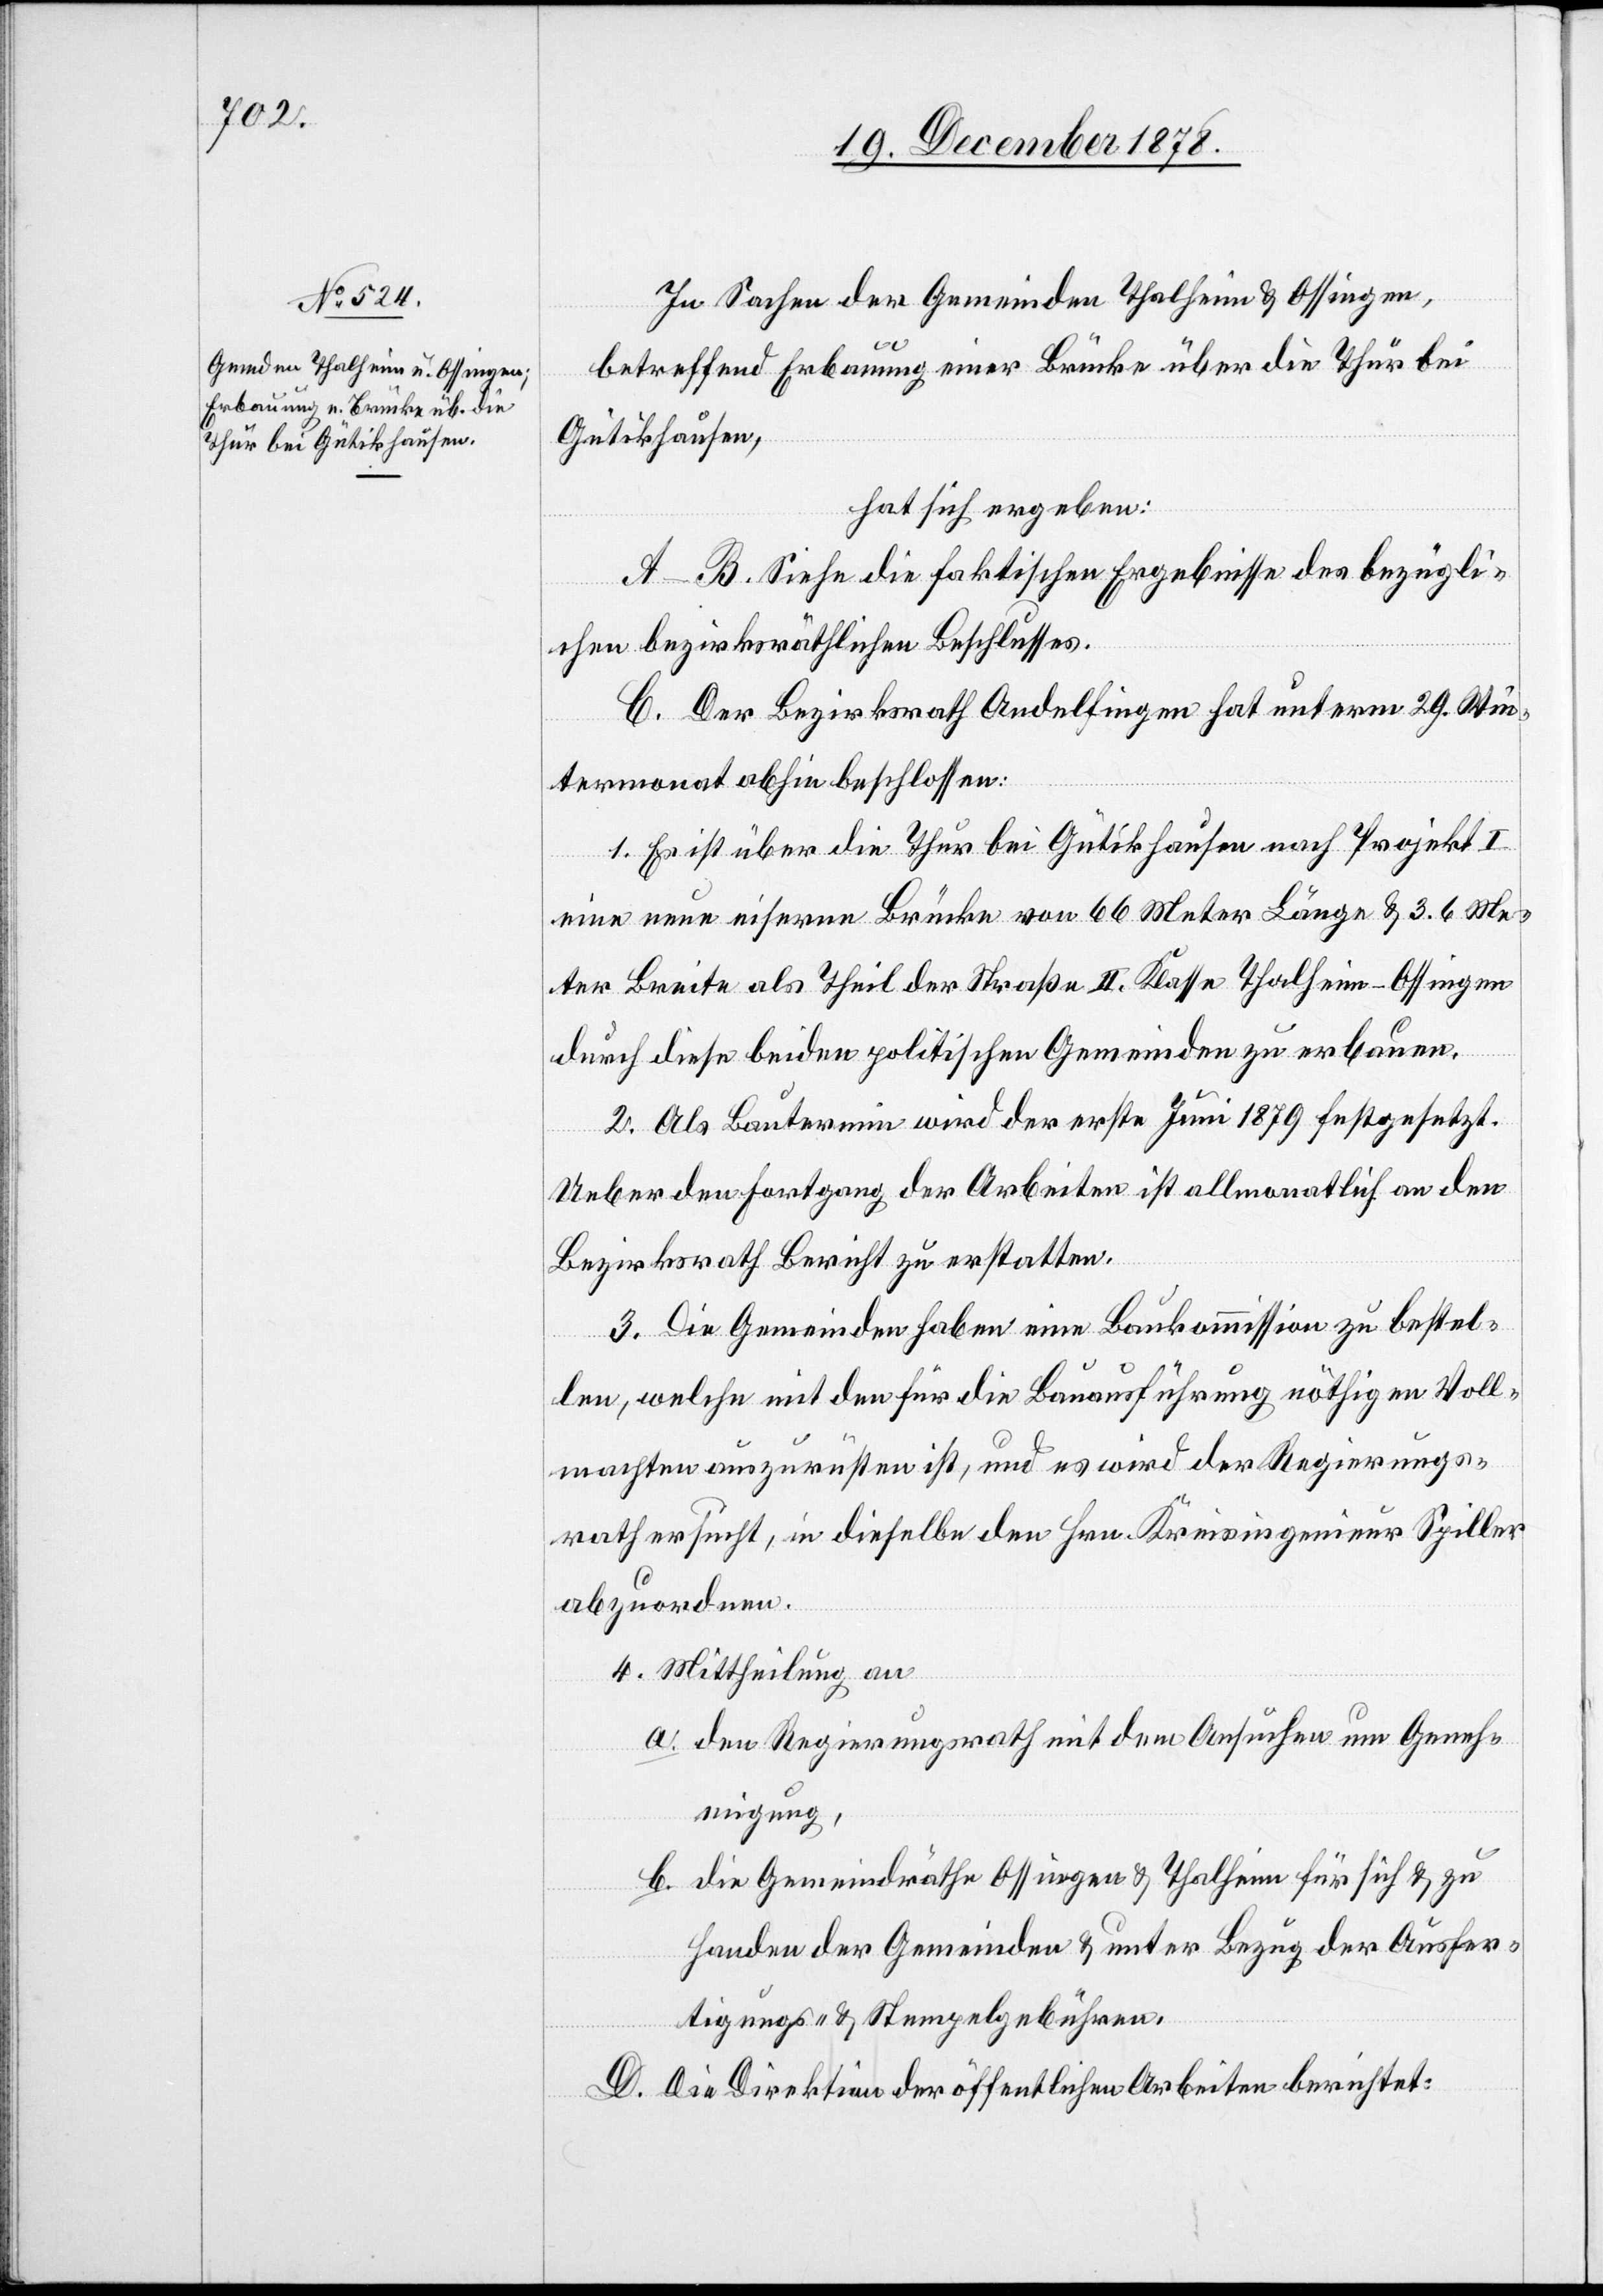
In Sachen der Gemeinden Thalheim & Ossingen,
betreffend Erbauung einer Brücke über die Thur bei
Gütikhausen,
hat sich ergeben:
A–B. Siehe die faktischen Ergebnisse des bezügli¬
chen bezirksräthlichen Beschlusses.
C. Der Bezirksrath Andelfingen hat unterm 29. Win¬
termonat abhin beschlossen:
1. Es ist über die Thur bei Gütikhausen nach Projekt I
eine neue eiserne Brücke von 66 Meter Länge & 3.6 Me¬
ter Breite als Theil der Straße II. Klasse Thalheim–Ossingen
durch diese beiden politischen Gemeinden zu erbauen.
2. Als Bautermin wird der erste Juni 1879 festgesetzt.
Ueber den Fortgang der Arbeiten ist allmonatlich an den
Bezirksrath Bericht zu erstatten.
3. Die Gemeinden haben eine Baukommission zu bestel¬
len, welche mit den für die Bauausführung nöthigen Voll¬
machten auszurüsten ist, und es wird der Regierungs¬
rath ersucht, in dieselbe den Hrn. Kreisingenieur Spiller
abzuordnen.
4. Mittheilung an
den Regierungsrath mit dem Ansuchen um Geneh¬
migung,
die Gemeindräthe Ossingen & Thalheim für sich & zu
a.
Handen der Gemeinden & unter Bezug der Ausfer¬
tigungs- und Stempelgebühren.
D. Die Direktion der öffentlichen Arbeiten berichtet: